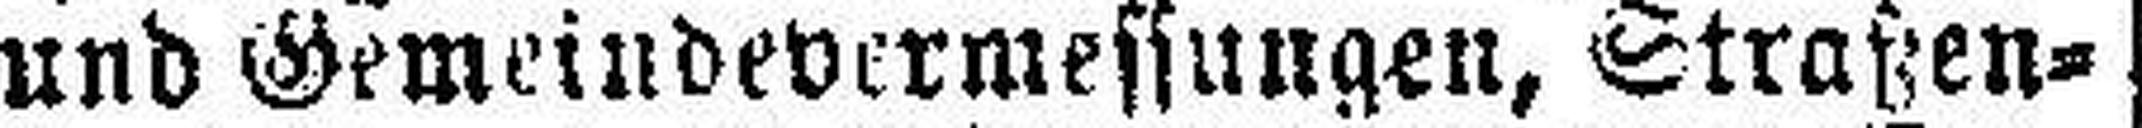
und Gemeindevermessungen, Straßen¬